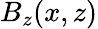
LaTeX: B_{z}(x,z)